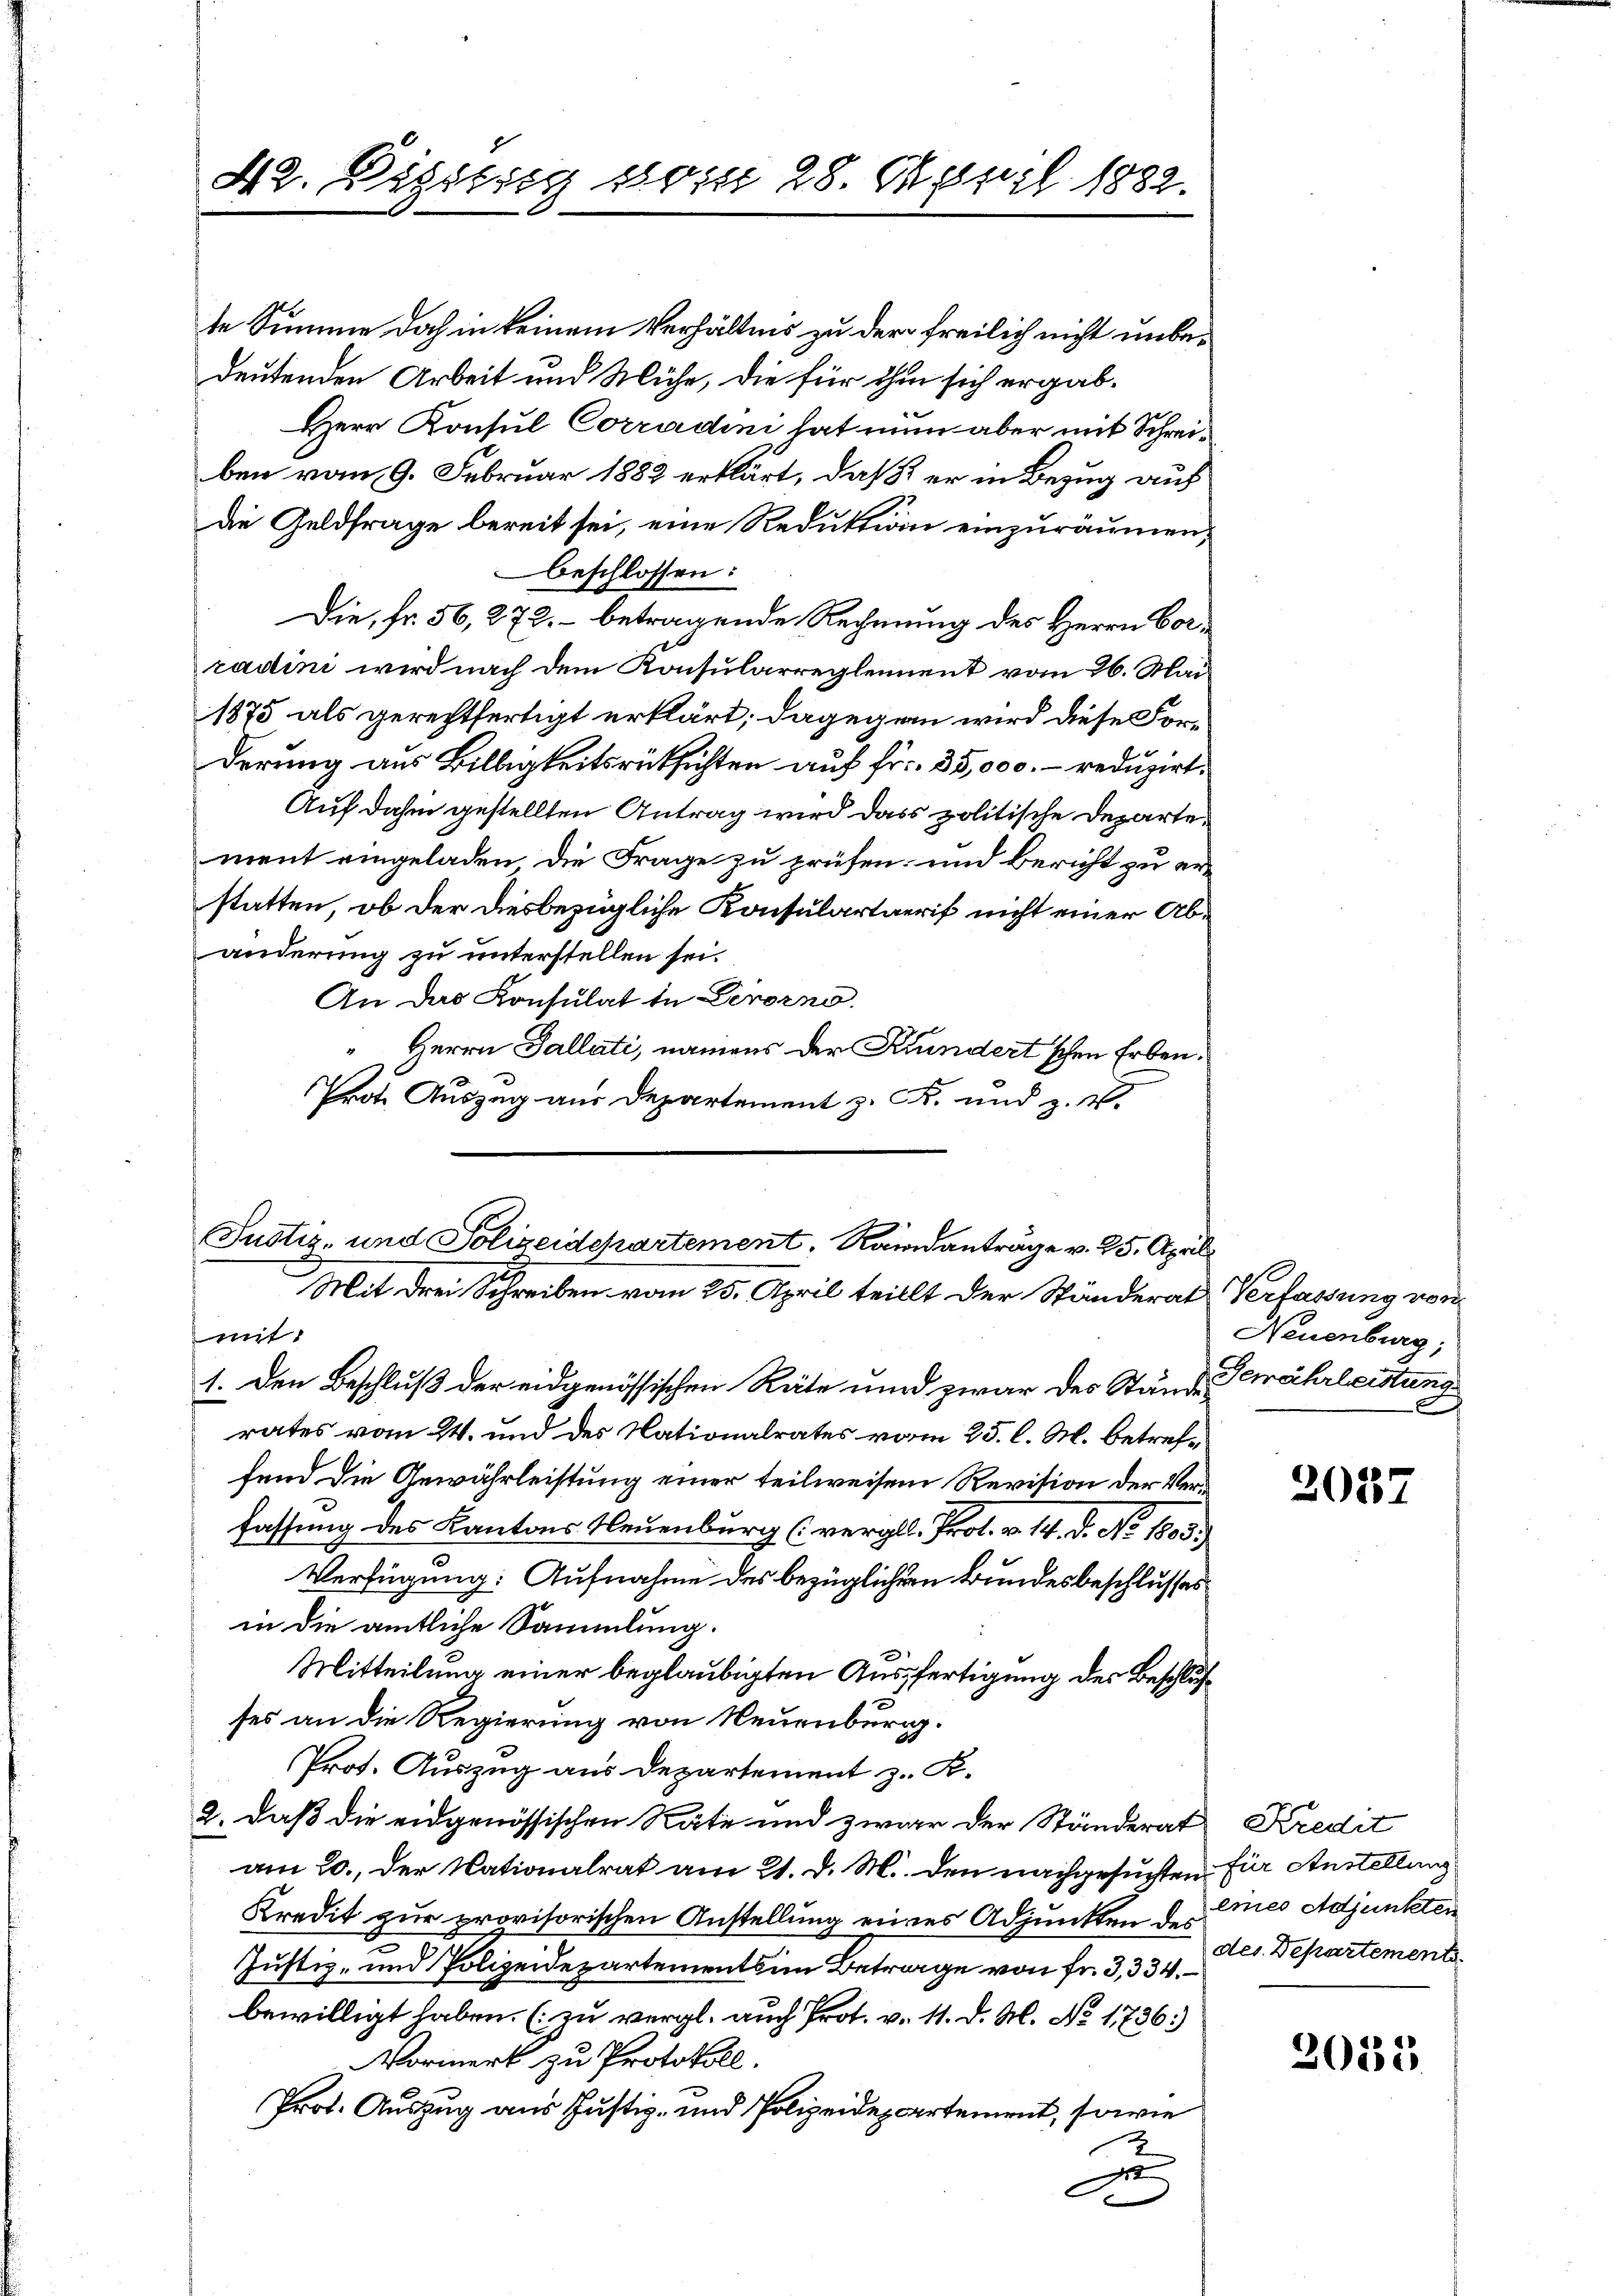
42. Digierig vom 28. April 1882.

te Summe doch in keinem Verhältnis zu der freilich nicht unbedeutenden Arbeit und Mühe, die für ihm sich ergab¬
Herr Konsul Corradini hat nun aber mit Schreiben vom 9. Februar 1882 erklärt, daß  er in Bezug auf
die Geldfrage bereit sei, eine Reduktion einzuräumen,
beschlossen:
Die, Fr. 56, 272. – betragende Rechnung des Herrn Corradini wird nach dem Konsularreglement vom 26. Mai
1875 als gerechtfertigt erklärt; dagegen wird diese Forderung aus Billigkeitsrücksichten auf Fr. 35,000.- reduzirt.
Auf dahin gestellten Antrag wird dass politische Departement eingeladen die Frage zu prüfen und Bericht zu er-
statten, ob der diesbezügliche Konsulartaeris nicht einer Abänderung zu unterstellen sei.
An das Konsulat in Verorno.
“ Herrn Gallati, namens der Kundertschen Erben.
Prot. Auszug aus Departement z. Fr. und z. B.

Justiz- und Polizeidepartement, Randanträge v. 25. April
Mit drei Schreiben vom 25. April teillt der Ständerat Verfassung von
mit
1. Den Beschluß der eidgenössischen Räte und zwar des Stände Gewährleistung

rates vom 24. und des Nationalrates vom 25. l. M. betreffend die Gewährleistung einer teilweisen Revision der Verfassung des Kantons Neuenburg (vergll. Prot. v. 14. d. No. 1803.)
Verfügung: Aufnahme des bezüglichern Bundesbeschlusses
in die amtliche Sammlung.
Mitteilung einer beglaubigten Ausfertigung des Beschlusses an die Regierung von Neuenburg.
Prot. Auszug aus Departement z. B.
2. daß die eidgenössischen Räte und zwar der Ständerat Kredit
am 20. der Nationalrat am 21. d. M. den nachgesuchten für Anstellung
Kredit zur provisorischen Anstellung eines Adjunkten der eines Adjunkten
Justiz- und Polizeidepartements im Betrage von fr. 3, 334. 201. Departement
bewilligt haben. (zu vergl. auch Prot. v. 11. d. M. No. 1736)
Vormerk zu Protokoll.
Prot. Auszug aus Justiz- und Polizeidepartement, sowie
A

Neuenburg,

2027

2035